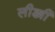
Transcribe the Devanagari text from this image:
लीड्यी